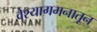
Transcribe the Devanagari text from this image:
वेश्यागमनातून